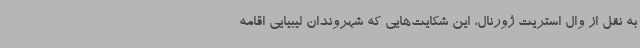
به نقل از وال استریت ژورنال، این شکایت‌هایی که شهروندان لیبیایی اقامه